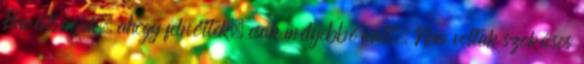
Barátságuk, ahogy felnőttek, csak mélyebbé vált. Nem voltak szokásos